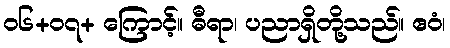
၀၆+၀၇+ ကြောင့်။ ဓီရာ၊ ပညာရှိတို့သည်။ ဧဝံ၊